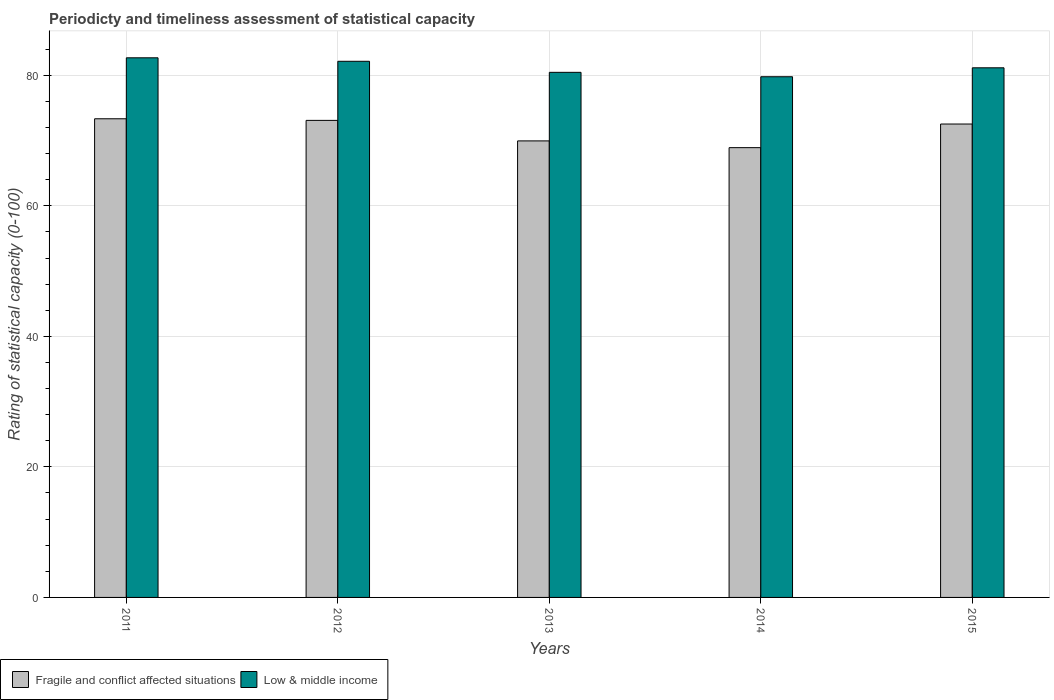
| Years | Fragile and conflict affected situations | Low & middle income |
 | --- | --- | --- |
 | 2011 | 73.3 | 82.7 |
 | 2012 | 73.1 | 82.1 |
 | 2013 | 69.9 | 80.4 |
 | 2014 | 68.9 | 79.8 |
 | 2015 | 72.5 | 81.1 |